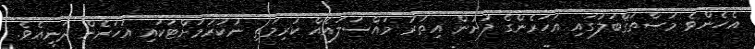
އެހެންވެ މުސްތަޤްބަލުގައި އަހަރެންގެ ފުށުން އިތުރު މައްސަލައެއް ކުރިމަތި ނުކުރުމަށްޓަކައި އަހަރެން ދަނީއެވެ.